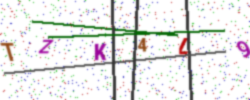
Text: TZK4L9